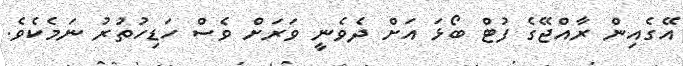
އޭގެއިން ރާއްޖޭގެ ފުޓް ބޯޅަ އަށް ދެވެނީ ވަރަށް ވެސް ހަޑިހުތުރު ނަމެކެވެ.